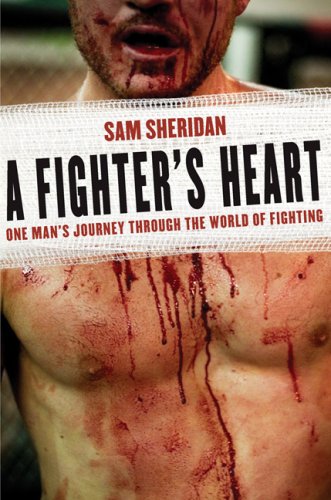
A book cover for A Fighter's Heart: One Man's Journey Through the World of Fighting; Sam Sheridan; Biographies & Memoirs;